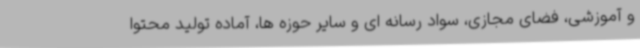
و آموزشی، فضای مجازی، سواد رسانه ای و سایر حوزه ها، آماده تولید محتوا